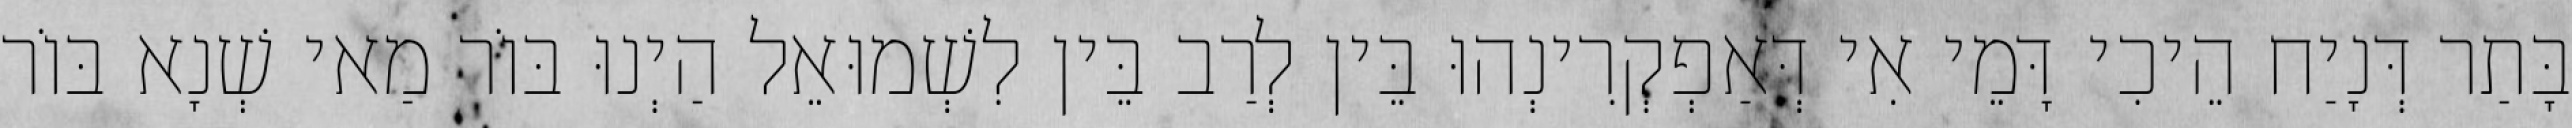
בָּתַר דְּנָיַח הֵיכִי דָּמֵי אִי דְּאַפְקְרִינְהוּ בֵּין לְרַב בֵּין לִשְׁמוּאֵל הַיְנוּ בּוֹר מַאי שְׁנָא בּוֹר